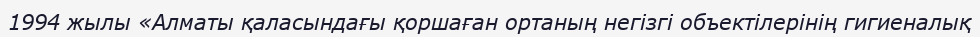
1994 жылы «Алматы қаласындағы қоршаған ортаның негізгі объектілерінің гигиеналық